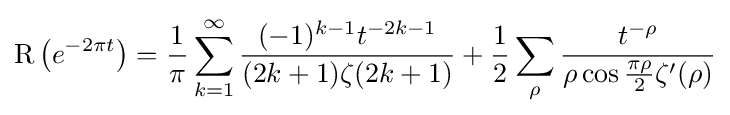
\operatorname {R} \left(e^{-2\pi t}\right)={\frac {1}{\pi }}\sum _{k=1}^{\infty }{\frac {(-1)^{k-1}t^{-2k-1}}{(2k+1)\zeta (2k+1)}}+{\frac {1}{2}}\sum _{\rho }{\frac {t^{-\rho }}{\rho \cos {\frac {\pi \rho }{2}}\zeta '(\rho )}}